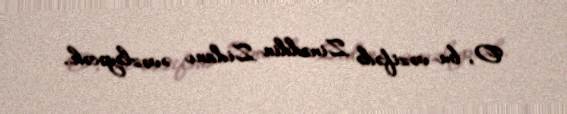
O, bu vəzifədə Zinəddin Zidanı əvəzləyəcək.